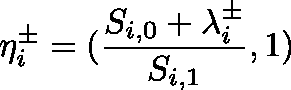
\mathbf { \eta } _ { i } ^ { \pm } = ( \frac { S _ { i , 0 } + \lambda _ { i } ^ { \pm } } { S _ { i , 1 } } , 1 )